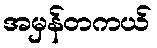
အမှန်တကယ်